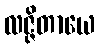
လဇ္ဇိတာယေ